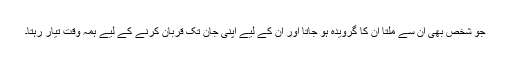
جو شخص بھی ان سے ملتا ان کا گرویدہ ہو جاتا اور ان کے لیے اپنی جان تک قربان کرنے کے لیے ہمہ وقت تیار رہتا۔